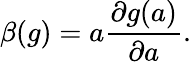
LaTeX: \beta(g)=a\frac{\partial g(a)}{\partial a}.